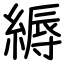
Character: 縟